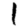
Digit: 1